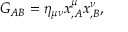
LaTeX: G _ { A B } = \eta _ { \mu \nu } x _ { , A } ^ { \mu } x _ { , B } ^ { \nu } ,